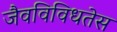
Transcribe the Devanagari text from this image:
जैवविविधतेस